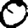
Digit: 0